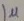
Text: 1µ